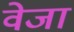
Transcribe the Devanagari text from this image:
वेजा